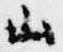
山